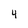
Character: 4